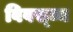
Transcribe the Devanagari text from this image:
विवस्व्न